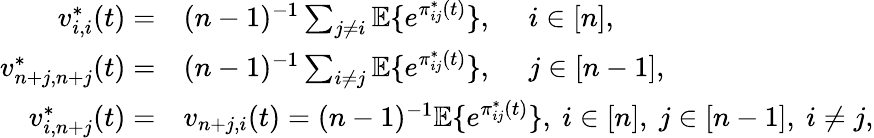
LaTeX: \begin{array}{rl}{v_{i,i}^{*}(t)=}&{(n-1)^{-1}\sum_{j\neq i}\mathbb{E}\{ e^{\pi_{ij}^{*}(t)}\} ,\quad~i\in[n],}\\ {v_{n+j,n+j}^{*}(t)=}&{(n-1)^{-1}\sum_{i\neq j}\mathbb{E}\{ e^{\pi_{ij}^{*}(t)}\} ,\quad~j\in[n-1],}\\ {v_{i,n+j}^{*}(t)=}&{v_{n+j,i}(t)=(n-1)^{-1}\mathbb{E}\{ e^{\pi_{ij}^{*}(t)}\} ,~i\in[n],~j\in[n-1],~i\neq j,}\end{array}